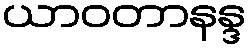
ယာဝတာနန္ဒ